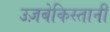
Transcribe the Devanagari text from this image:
उज़बेकिस्तानी